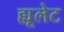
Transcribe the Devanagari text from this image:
ह्यूलेट